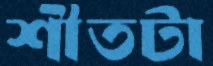
শীতটা